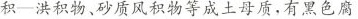
积一洪积物、砂质风积物等成土母质，有黑色腐